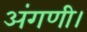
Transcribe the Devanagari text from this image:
अंगणी।